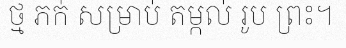
ថ្ម ភក់ សម្រាប់ តម្កល់ រូប ព្រះ។